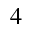
^ { 4 }